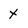
Character: x